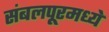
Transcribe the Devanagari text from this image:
संबलपूरमध्ये